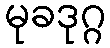
မုခဒုဂ္ဂ